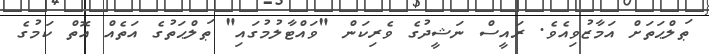
ޠަލްޙަތަށް އަމާޒުވިއެވެ. ރައީސް ނަޝީދުގެ ވެރިކަން "ވައްޓާލުމުގައި" ޠަލްޙަތުގެ އަތެއް އޮތް ކަމުގެ